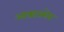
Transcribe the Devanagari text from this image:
आफ़्टरशेव